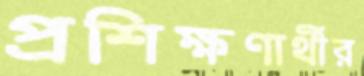
প্রশিক্ষণার্থীর